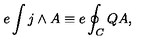
e \int j \wedge A \equiv e \oint _ { C } Q A ,